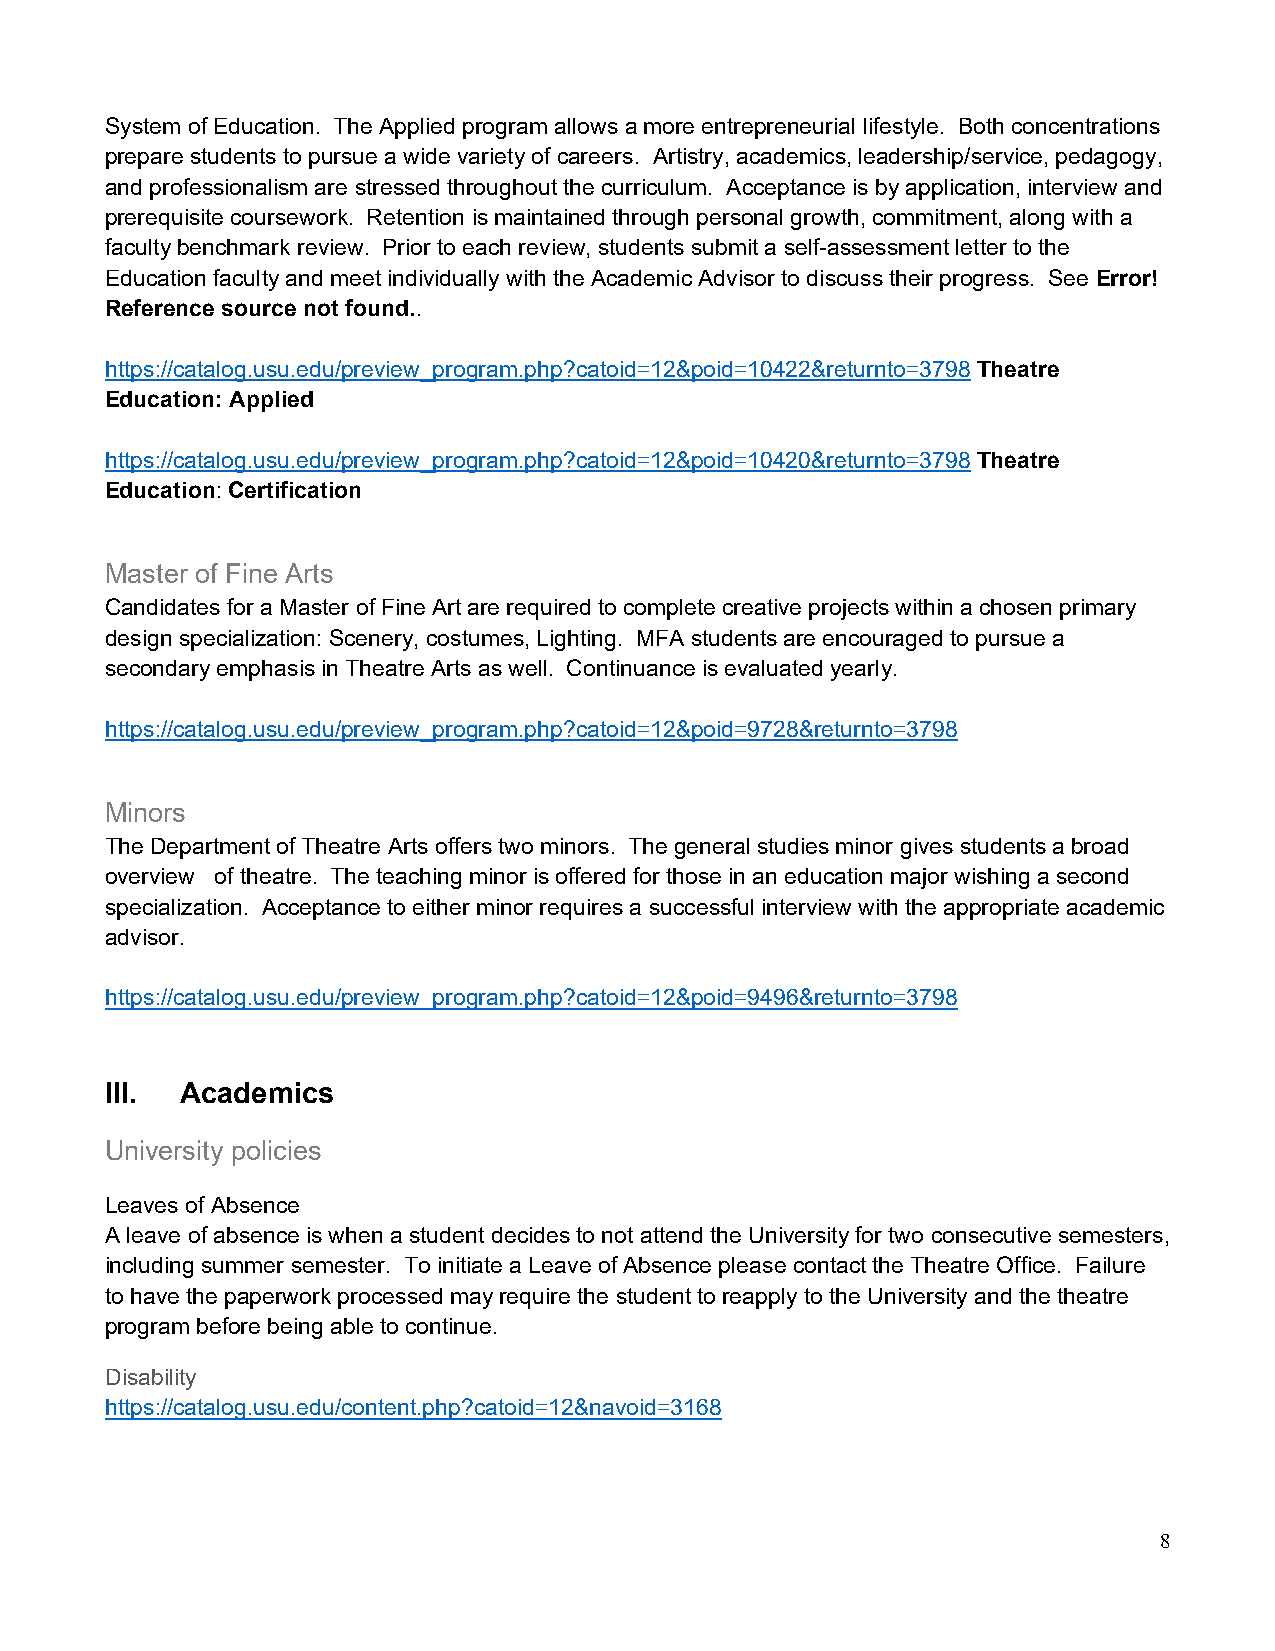
System of Education. The Applied program allows a more entrepreneurial lifestyle. Both concentrations
 prepare students to pursue a wide variety of careers. Artistry, academics, leadership/service, pedagogy,
 and professionalism are stressed throughout the curriculum. Acceptance is by application, interview and
 prerequisite coursework. Retention is maintained through personal growth, commitment, along with a
 faculty benchmark review. Prior to each review, students submit a self-assessment letter to the
 Education faculty and meet individually with the Academic Advisor to discuss their progress. See Error!
 Reference source not found..
 https://catalog.usu.edu/preview_program.php?catoid=12&poid=10422&returnto=3798 Theatre
 Education: Applied
 https://catalog.usu.edu/preview_program.php?catoid=12&poid=10420&returnto=3798 Theatre
 Education: Certification
 Master of Fine Arts
 Candidates for a Master of Fine Art are required to complete creative projects within a chosen primary
 design specialization: Scenery, costumes, Lighting. MFA students are encouraged to pursue a
 secondary emphasis in Theatre Arts as well. Continuance is evaluated yearly.
 https://catalog.usu.edu/preview_program.php?catoid=12&poid=9728&returnto=3798
 Minors
 The Department of Theatre Arts offers two minors. The general studies minor gives students a broad
 overview of theatre. The teaching minor is offered for those in an education major wishing a second
 specialization. Acceptance to either minor requires a successful interview with the appropriate academic
 advisor.
 https://catalog.usu.edu/preview_program.php?catoid=12&poid=9496&returnto=3798
 III. Academics
 University policies
 Leaves of Absence
 A leave of absence is when a student decides to not attend the University for two consecutive semesters,
 including summer semester. To initiate a Leave of Absence please contact the Theatre Office. Failure
 to have the paperwork processed may require the student to reapply to the University and the theatre
 program before being able to continue.
 Disability
 https://catalog.usu.edu/content.php?catoid=12&navoid=3168
 8